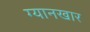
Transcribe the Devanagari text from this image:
ग्यानखार